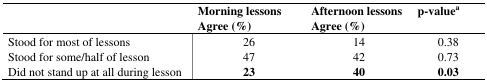
|  | Morning lessons Agree (%) | Afternoon lessons Agree (%) | p-valuea |
 | --- | --- | --- | --- |
 | Stood for most of lessons | 26 | 14 | 0.38 |
 | Stood for some/half of lesson | 47 | 42 | 0.73 |
 | Did not stand up at all during lesson | 23 | 40 | 0.03 |